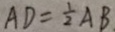
A D = \frac { 1 } { 2 } A B